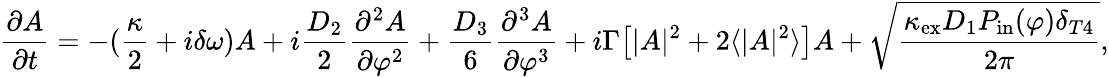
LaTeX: \frac{\partial A}{\partial t}=-(\frac{\kappa}{2}+i\delta\omega)A+i\frac{D_{2}}{2}\frac{\partial^{2}A}{\partial\varphi^{2}}+\frac{D_{3}}{6}\frac{\partial^{3}A}{\partial\varphi^{3}}+i\Gamma\big[|A|^{2}+2\langle|A|^{2}\rangle\big]A+\sqrt{\frac{\kappa_{\mathrm{ex}}D_{1}P_{\mathrm{in}}(\varphi)\delta_{T4}}{2\pi}},